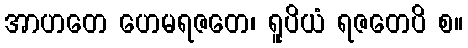
အာဟတေ ဟေမရဇတေ၊ ရူပိယံ ရဇတေပိ စ။